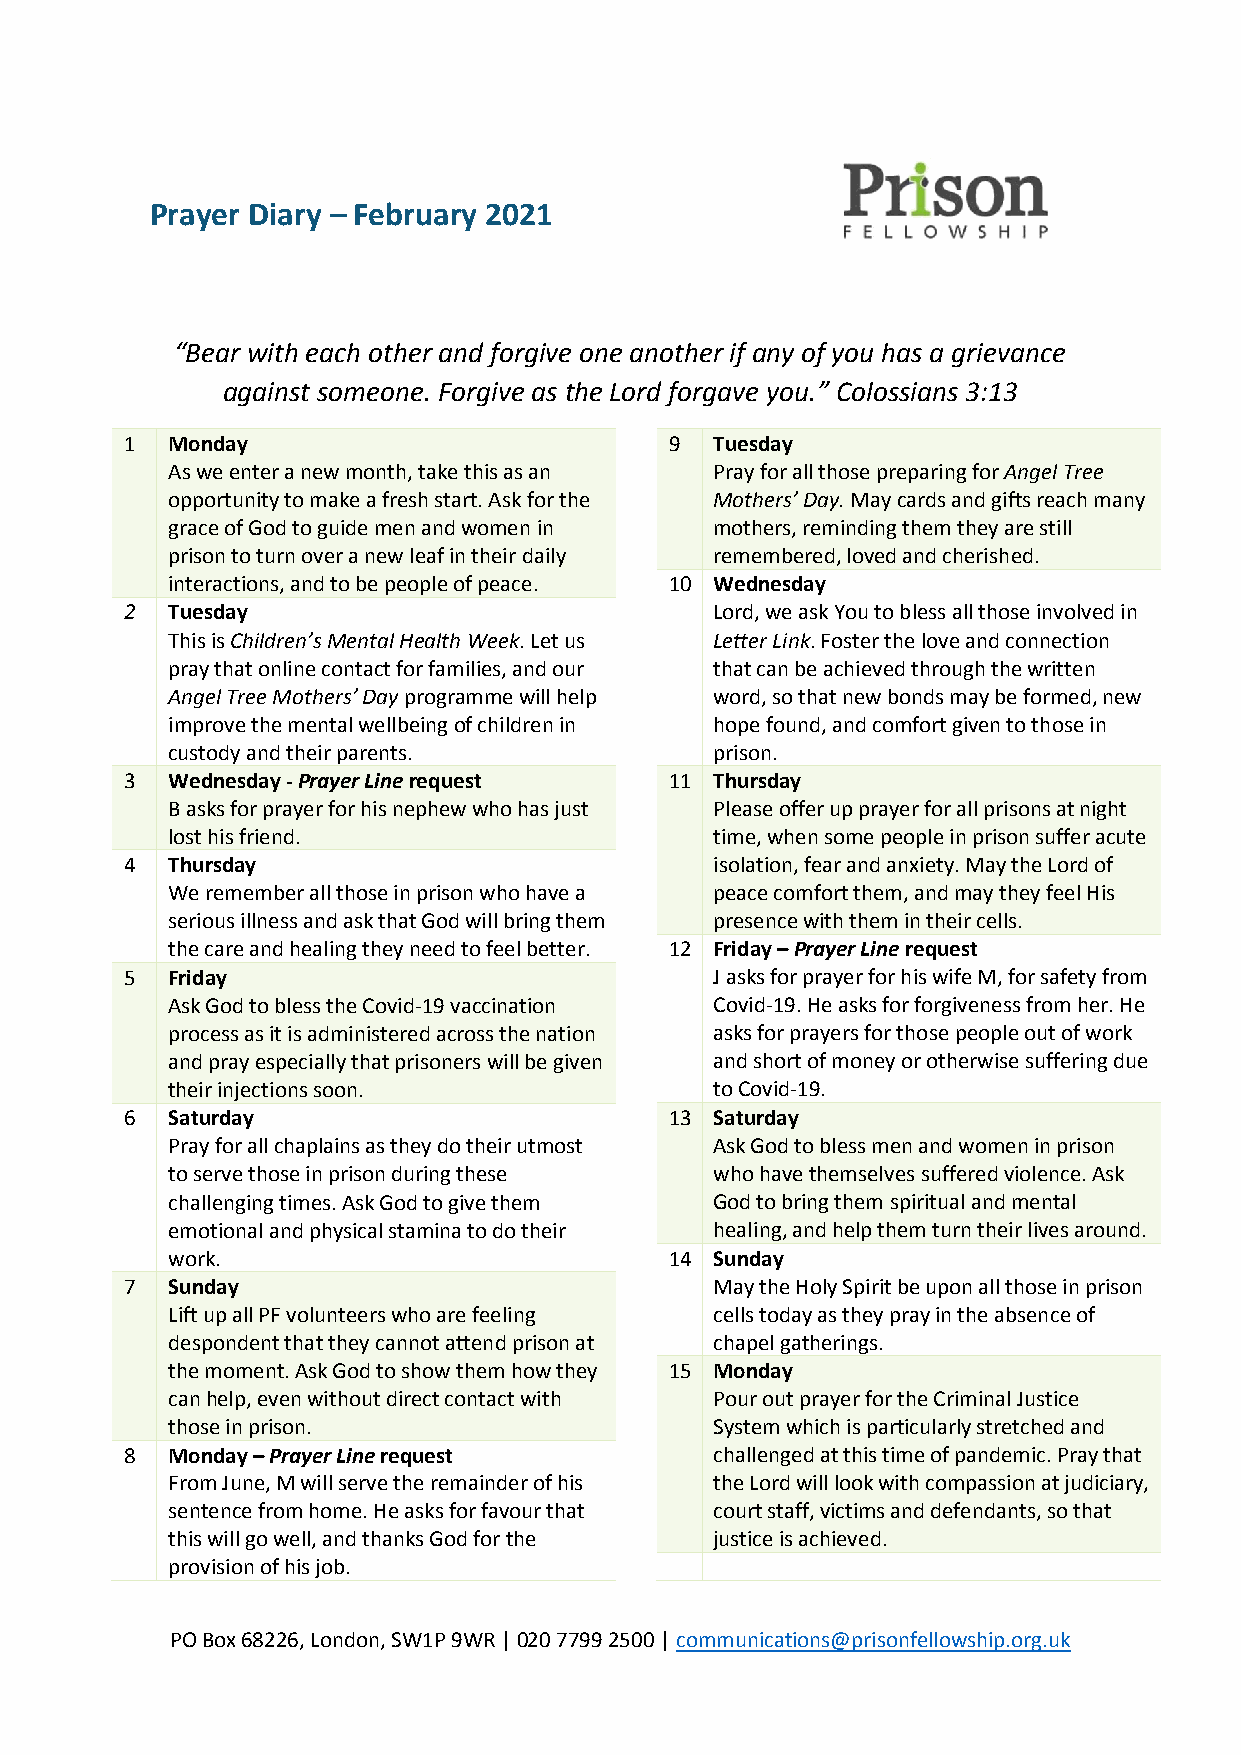
Prayer Diary – February 2021
 “Bear with each other and forgive one another if any of you has a grievance
 against someone. Forgive as the Lord forgave you.” Colossians 3:13
 1  Monday                           9  Tuesday
 As we enter a new month, take this as an Pray for all those preparing for Angel Tree
 opportunity to make a fresh start. Ask for the Mothers’ Day. May cards and gifts reach many
 grace of God to guide men and women in mothers, reminding them they are still
 prison to turn over a new leaf in their daily remembered, loved and cherished.
 interactions, and to be people of peace. 10 Wednesday
 2  Tuesday                             Lord, we ask You to bless all those involved in
 This is Children’s Mental Health Week. Let us Letter Link. Foster the love and connection
 pray that online contact for families, and our that can be achieved through the written
 Angel Tree Mothers’ Day programme will help word, so that new bonds may be formed, new
 improve the mental wellbeing of children in hope found, and comfort given to those in
 custody and their parents.          prison.
 3  Wednesday - Prayer Line request  11 Thursday
 B asks for prayer for his nephew who has just Please offer up prayer for all prisons at night
 lost his friend.                    time, when some people in prison suffer acute
 4  Thursday                            isolation, fear and anxiety. May the Lord of
 We remember all those in prison who have a peace comfort them, and may they feel His
 serious illness and ask that God will bring them presence with them in their cells.
 the care and healing they need to feel better. 12 Friday – Prayer Line request
 5  Friday                              J asks for prayer for his wife M, for safety from
 Ask God to bless the Covid-19 vaccination Covid-19. He asks for forgiveness from her. He
 process as it is administered across the nation asks for prayers for those people out of work
 and pray especially that prisoners will be given and short of money or otherwise suffering due
 their injections soon.              to Covid-19.
 6  Saturday                         13 Saturday
 Pray for all chaplains as they do their utmost Ask God to bless men and women in prison
 to serve those in prison during these who have themselves suffered violence. Ask
 challenging times. Ask God to give them God to bring them spiritual and mental
 emotional and physical stamina to do their healing, and help them turn their lives around.
 work.                            14 Sunday
 7  Sunday                              May the Holy Spirit be upon all those in prison
 Lift up all PF volunteers who are feeling cells today as they pray in the absence of
 despondent that they cannot attend prison at chapel gatherings.
 the moment. Ask God to show them how they 15 Monday
 can help, even without direct contact with Pour out prayer for the Criminal Justice
 those in prison.                    System which is particularly stretched and
 8  Monday – Prayer Line request        challenged at this time of pandemic. Pray that
 From June, M will serve the remainder of his the Lord will look with compassion at judiciary,
 sentence from home. He asks for favour that court staff, victims and defendants, so that
 this will go well, and thanks God for the justice is achieved.
 provision of his job.
 PO Box 68226, London, SW1P 9WR | 020 7799 2500 | communications@prisonfellowship.org.uk